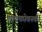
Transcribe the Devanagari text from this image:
चायकोवस्की